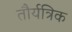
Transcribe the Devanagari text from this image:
तौर्यत्रिक